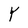
Character: Y